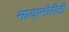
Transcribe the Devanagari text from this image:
मायानोरीटी